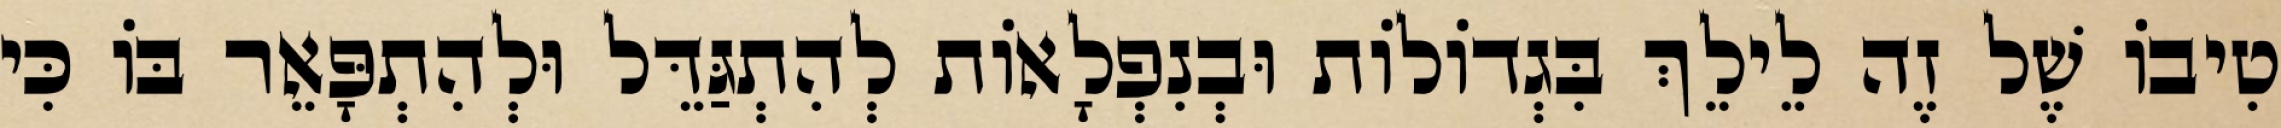
טִיבוֹ שֶׁל זֶה לֵילֵךְ בִּגְדוֹלוֹת וּבְנִפְלָאוֹת לְהִתְגַּדֵּל וּלְהִתְפָּאֵר בּוֹ כִּי